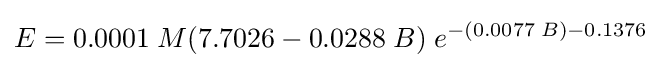
E=0.0001\;M(7.7026-0.0288\;B)\;e^{-(0.0077\;B)-0.1376}